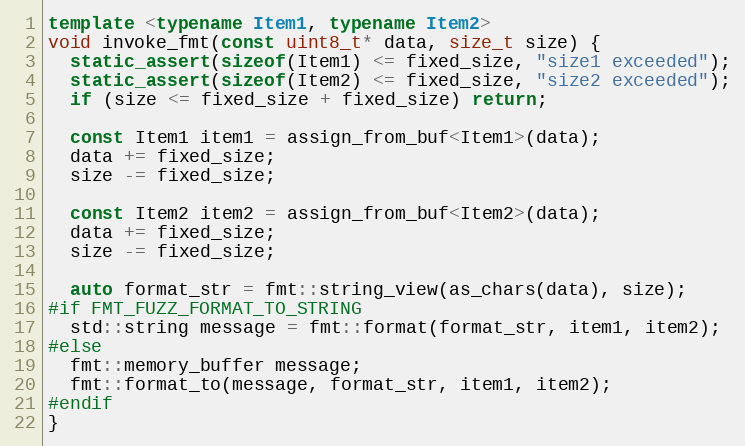
Language: C++
template <typename Item1, typename Item2>
void invoke_fmt(const uint8_t* data, size_t size) {
  static_assert(sizeof(Item1) <= fixed_size, "size1 exceeded");
  static_assert(sizeof(Item2) <= fixed_size, "size2 exceeded");
  if (size <= fixed_size + fixed_size) return;

  const Item1 item1 = assign_from_buf<Item1>(data);
  data += fixed_size;
  size -= fixed_size;

  const Item2 item2 = assign_from_buf<Item2>(data);
  data += fixed_size;
  size -= fixed_size;

  auto format_str = fmt::string_view(as_chars(data), size);
#if FMT_FUZZ_FORMAT_TO_STRING
  std::string message = fmt::format(format_str, item1, item2);
#else
  fmt::memory_buffer message;
  fmt::format_to(message, format_str, item1, item2);
#endif
}